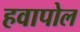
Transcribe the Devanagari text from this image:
हवापोल